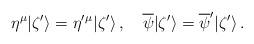
LaTeX: \begin{align*}\eta^{\mu}| \zeta' \rangle=\eta'{}^{\mu}| \zeta' \rangle\,,\quad\overline{\psi}| \zeta' \rangle=\overline{\psi}'| \zeta' \rangle\,.\end{align*}